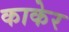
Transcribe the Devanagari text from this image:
काकेर